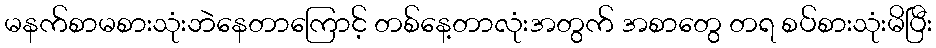
မနက်စာမစားသုံးဘဲနေတာကြောင့် တစ်နေ့တာလုံးအတွက် အစာတွေ တရ စပ်စားသုံးမိပြီး